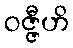
ဝဇ္ဇီဟိ